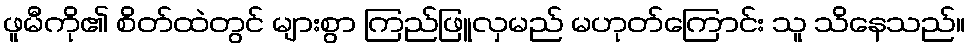
ဖူမီကို၏ စိတ်ထဲတွင် များစွာ ကြည်ဖြူလှမည် မဟုတ်ကြောင်း သူ သိနေသည်။